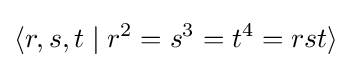
\langle r,s,t\mid r^{2}=s^{3}=t^{4}=rst\rangle